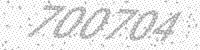
Solution: 700704